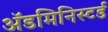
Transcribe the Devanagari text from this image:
ॲडमिनिस्टर्ड